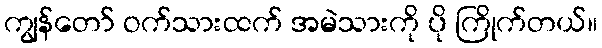
ကျွန်တော် ဝက်သားထက် အမဲသားကို ပို ကြိုက်တယ်။